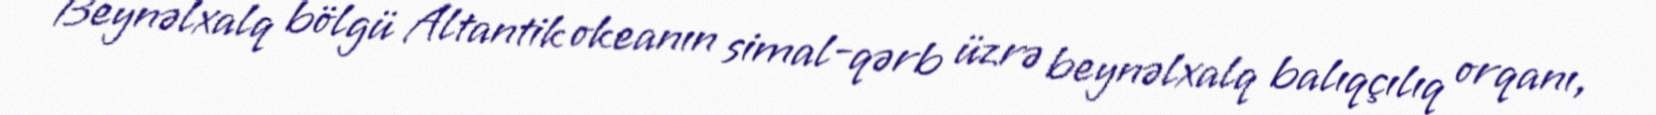
Beynəlxalq bölgü Altantik okeanın simal-qərb üzrə beynəlxalq balıqçılıq orqanı,